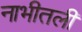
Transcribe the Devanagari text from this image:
नाभीतली